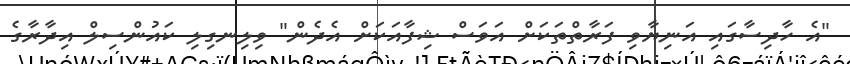
"އެ ހާދިސާގައި އަނިޔާވި ފަރާތްތަކަށް އަވަސް ޝިފާއަަކަށް އެދެން" ވިލިނގިލި ކައުންސިލް އިދާރާގެ